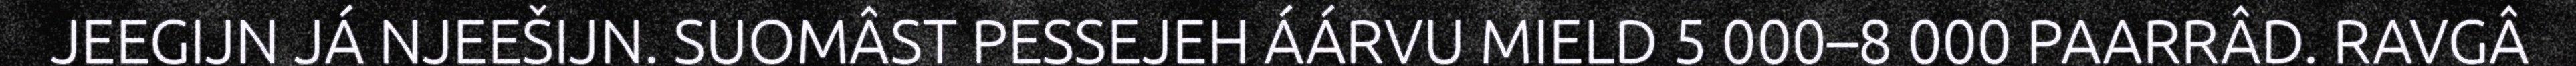
JEEGIJN JÁ NJEEŠIJN. SUOMÂST PESSEJEH ÁÁRVU MIELD 5 000–8 000 PAARRÂD. RAVGÂ